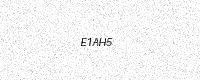
Text: E1AH5